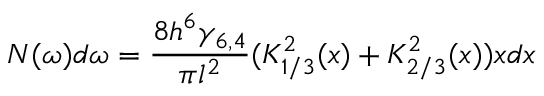
N ( \omega ) d \omega = \frac { 8 h ^ { 6 } \gamma _ { 6 , 4 } } { \pi l ^ { 2 } } ( K _ { 1 / 3 } ^ { 2 } ( x ) + K _ { 2 / 3 } ^ { 2 } ( x ) ) x d x